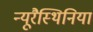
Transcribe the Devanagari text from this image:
न्यूरैस्थिनिया